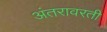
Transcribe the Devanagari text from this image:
अंतरावरती